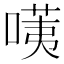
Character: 𠺹